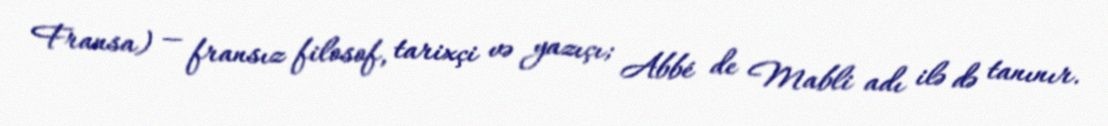
Fransa) — fransız filosof, tarixçi və yazıçı; Abbé de Mabli adı ilə də tanınır.